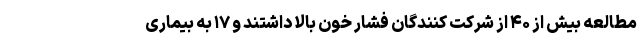
مطالعه بیش از ۴۰ از شرکت کنندگان فشار خون بالا داشتند و ۱۷ به بیماری